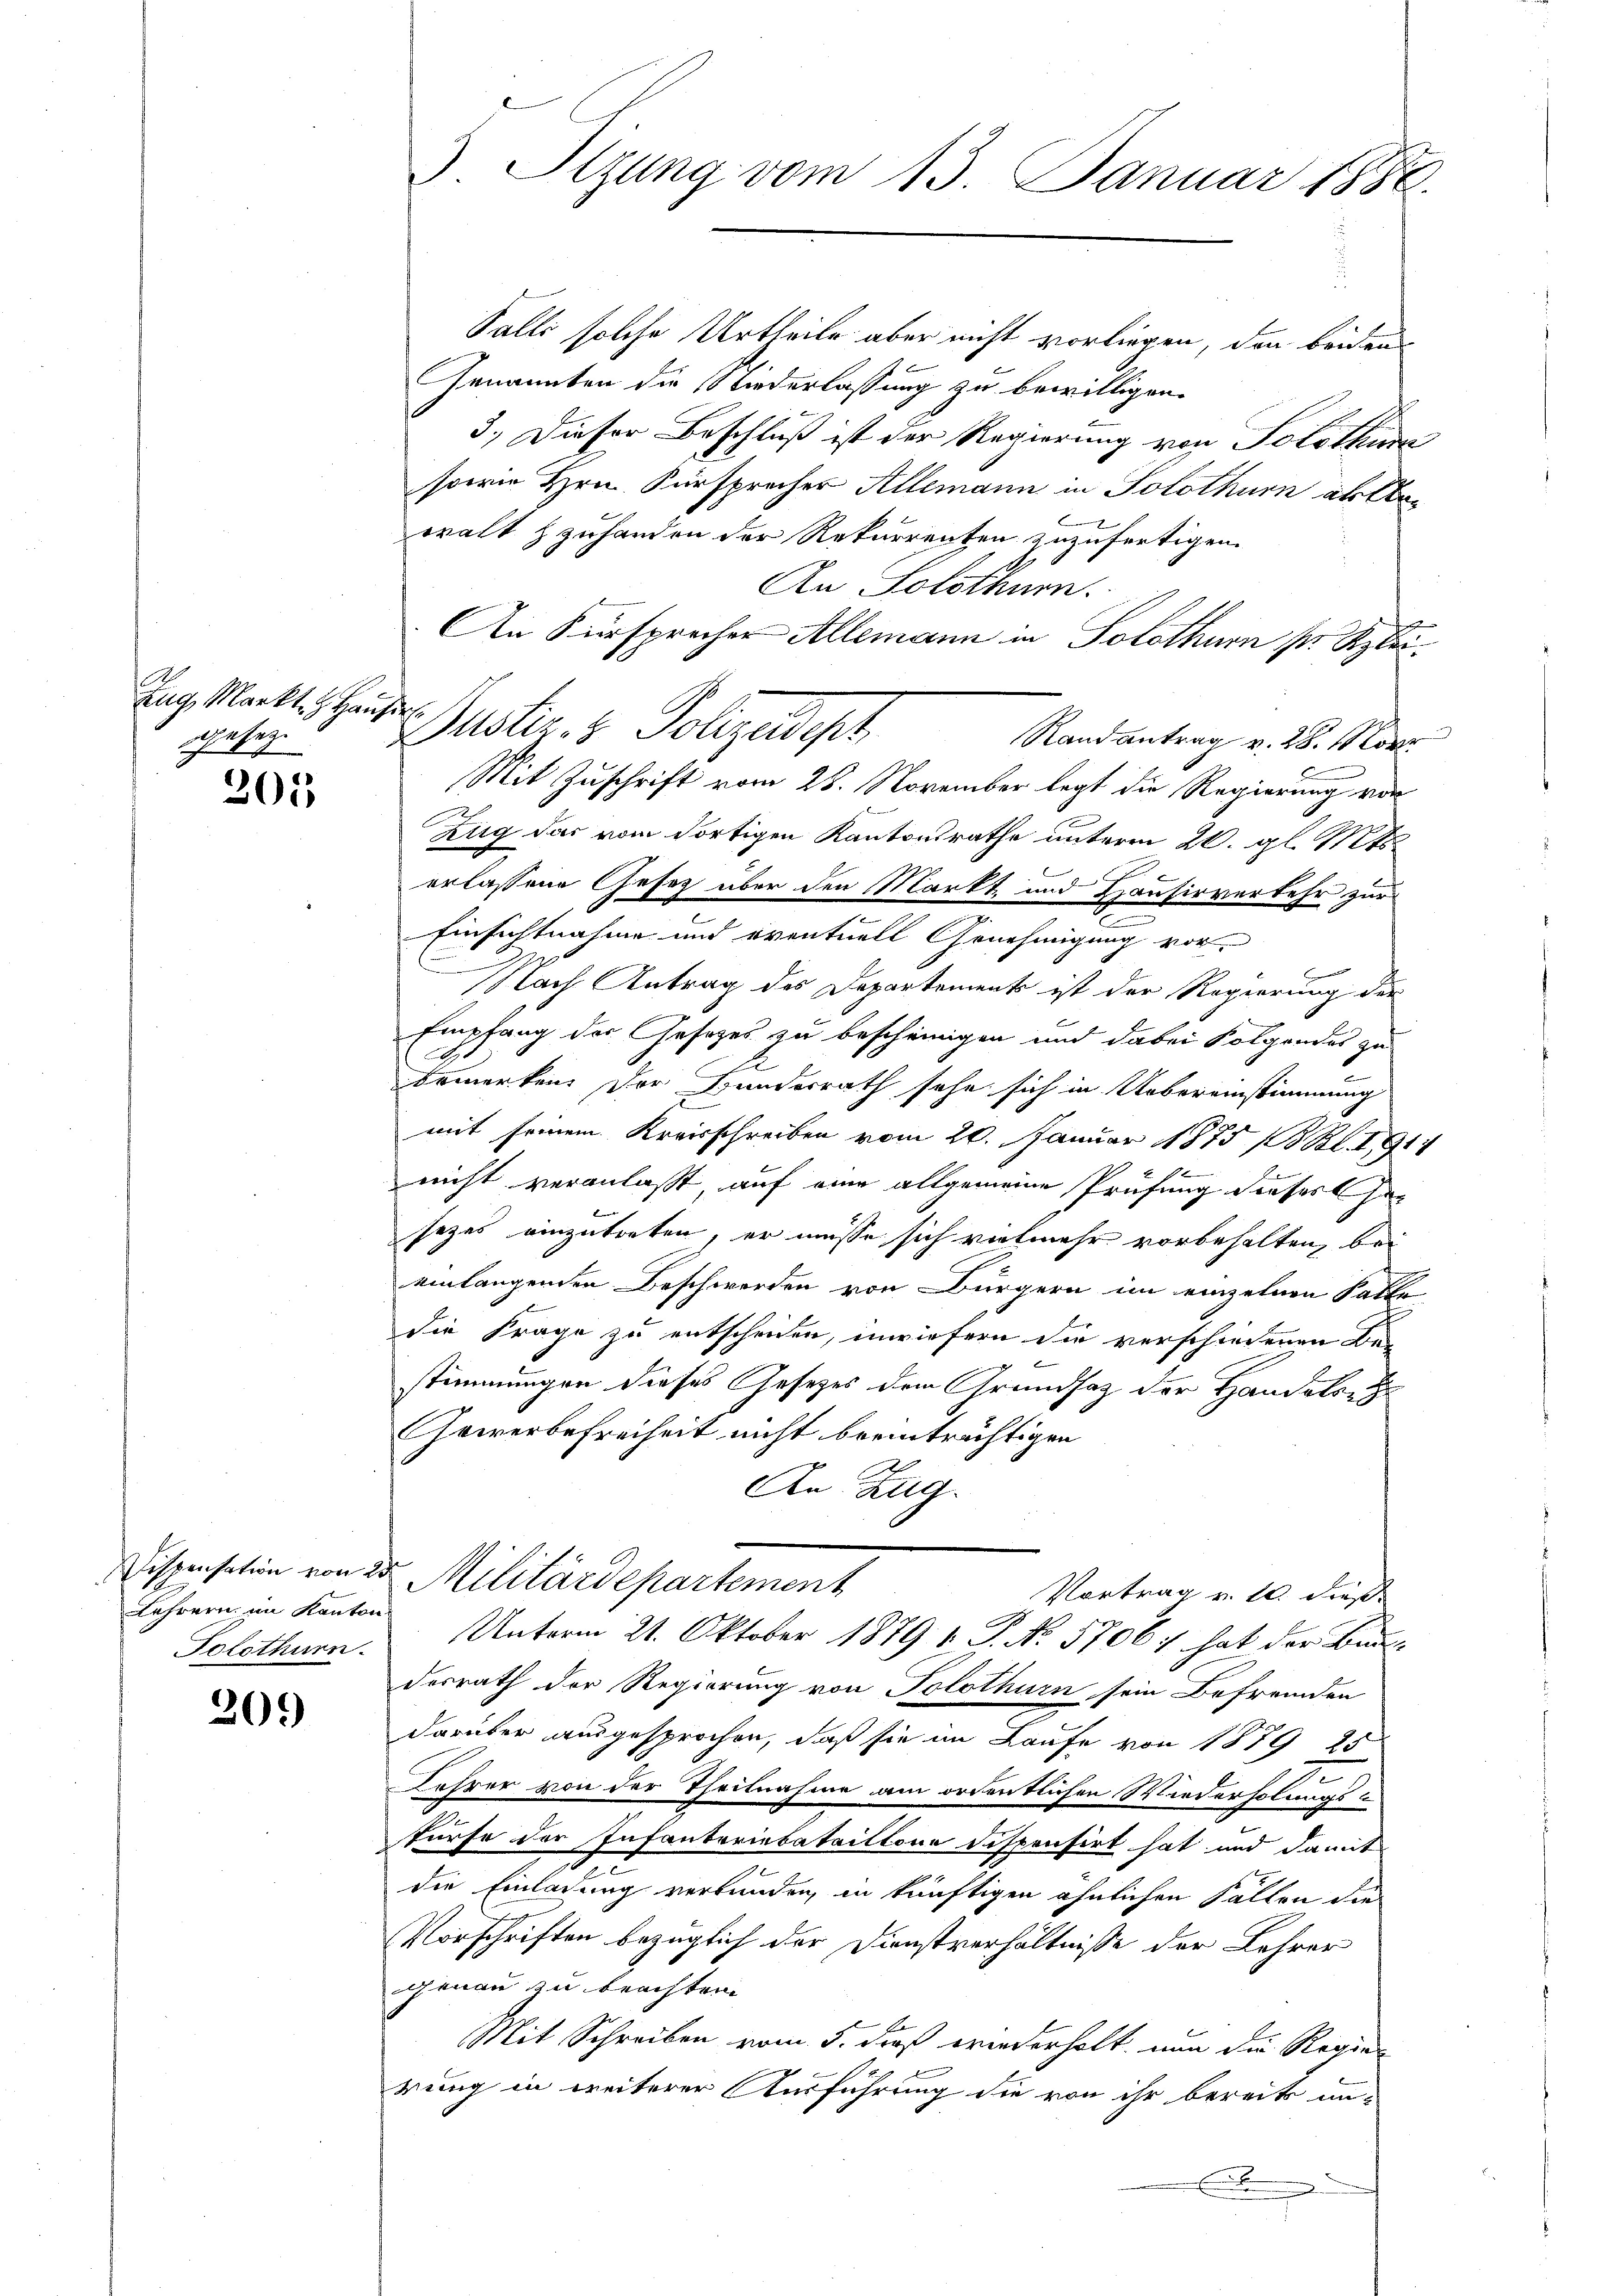
r
Zug Markt. H. Haus
gesetze

201

Lehrern im Kanton
Solothurn.

305)

5 Sizung vom 13. Januar 1888.

An Fürsprecher Allemann in Solothurn pr. Klei¬
2
Duster- & Polizeidigt

Falli solche Urtheile aber nicht vorliegen, den beiden
Genannten die Niederlassung zu bewilligen.
3.) Dieser Beschluß ist der Regierung von Solothur
sowie Hrn. Fürsprecher Allemann in Solothurn abbr
walt zzuhanden der Rekurrenten zuzufertigen.
An Solothurn.
Randantrag v. 28. März
Mit Zuschrift vom 28. November legt die Regierung vor
Zug das vom dortigen Kantonsrathe unterm 26. gl. Mts.
erlassene Gesetz über den Markt, und Hausirverkehr zur
Einsichtnahme und eventuell Genehmigung vor¬
G
u
Nach Antrag des Departements ist der Regierung der
x
Empfang des Gesetzes zu bescheinigen und dabei Folgendes zu
e
bemerken. Der Bundesrath sehe sich in Uebereinstimmung
mit seinem Kreisschreiben vom 20. Januar 1875 13 Bl. 191
nicht veranlaßt auf eine allgemeine Prüfung dieses Her
f
sezes einzutreten, er müsse sich vielmehr vorbehalten, bei
einlangenden Beschwerden von Bürgern im einzelnen Falle
die Frage zu entscheiden, inwiefern die verschiedenen Be-
x
stimmungen dieses Gesetzes dem Grundsaz der Handels-
Gewerbefreiheit nicht beeinträchtigen
An Zug.
Dispensation von 25 Militärdepartement
Vortrag v. 10. dieß
Unterm 21. Oktober 1879 v. P. No. 5706: hat der Ban
desrath der Regierung von Solothurn sein Befremden
darüber ausgesprochen, daß sie im Laufe von 1879 25
Lehrer von der Theilnahme am ordentlichen Wiederholungstürfe der Infanteriebataillone dispensirt hat und damit
die Einladung verbunden, in künftigen ähnlichen Fällen die
Vorschriften bezüglich der Dienstverhältnisse der Lehrer
genau zu beachten.
E
Mit Schreiben vom 5. dieß wiederholt, nun die Regie-
rung in weiterer Ausführung die von ihr bereits un¬
.

.